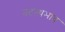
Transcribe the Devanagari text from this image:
तटस्थभाव